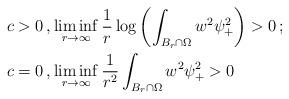
LaTeX: \begin{align*} \, c > 0 \, , & \liminf_{r\to \infty} \frac{1}{r} \log \left( \int_{B_r \cap \Omega} w^2 \psi_+^2 \right) > 0 \, ; \\ \, c = 0 \, , & \liminf_{r\to \infty} \frac{1}{r^2} \int_{B_r\cap\Omega} w^2 \psi_+^2 > 0 \end{align*}